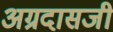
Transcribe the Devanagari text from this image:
अग्रदासजी